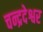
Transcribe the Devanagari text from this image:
चन्द्रदेश्वर